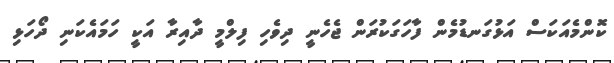
ކޮންމެއަކަސް އަޅުގަނޑުމެން ފާހަގަކުރަން ޖެހެނީ ދިވެހި ފިލްމީ ދާއިރާ އަކީ ހަމައެކަނި ދޯހަޅި